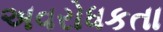
અવરોધકતા